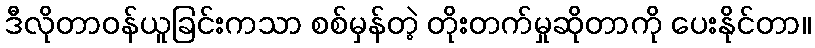
ဒီလိုတာဝန်ယူခြင်းကသာ စစ်မှန်တဲ့ တိုးတက်မှုဆိုတာကို ပေးနိုင်တာ။